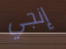
إنجي